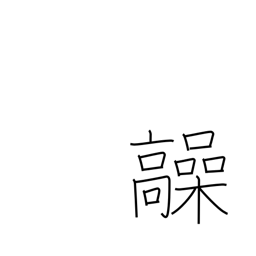
Meaning: high